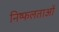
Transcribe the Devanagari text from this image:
निष्फलताओं